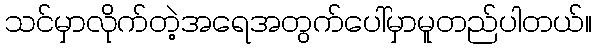
သင်မှာလိုက်တဲ့အရေအတွက်ပေါ်မှာမူတည်ပါတယ်။